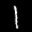
Label: 1